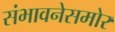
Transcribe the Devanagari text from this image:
संभावनेसमोर